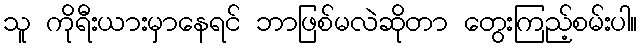
သူ ကိုရီးယားမှာနေရင် ဘာဖြစ်မလဲဆိုတာ တွေးကြည့်စမ်းပါ။